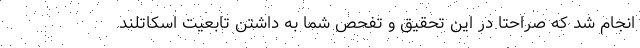
انجام شد که صراحتا در این تحقیق و تفحص شما به داشتن تابعیت اسکاتلند